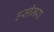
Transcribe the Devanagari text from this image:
हसीमरा